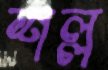
শল্ল